Insane asylums Bombay 1873-77 - 1873-1877
Year: 1873
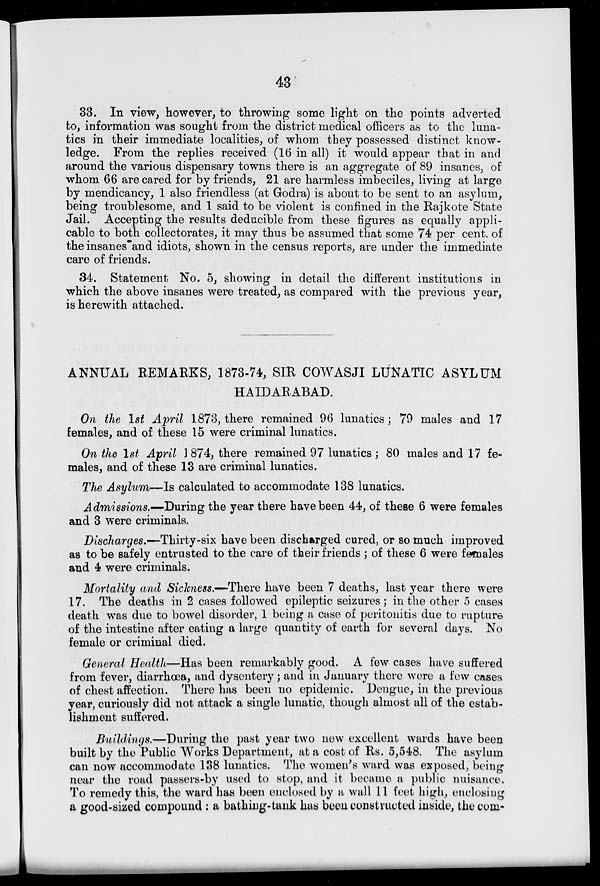
43
33. In view, however, to throwing some light on the points adverted
to, information was sought from the district medical officers as to the luna-
tics in their immediate localities, of whom they possessed distinct know-
ledge. From the replies received (16 in all) it would appear that in and
around the various dispensary towns there is an aggregate of 89 insanes, of
whom 66 are cared for by friends, 21 are harmless imbeciles, living at large
by mendicancy, 1 also friendless (at Godra) is about to be sent to an asylum,
being troublesome, and 1 said to be violent is confined in the Rajkote State
Jail. Accepting the results deducible from these figures as equally appli-
cable to both collectorates, it may thus be assumed that some 74 per cent. of
the insanes and idiots, shown in the census reports, are under the immediate
care of friends.
34. Statement No. 5, showing in detail the different institutions in
which the above insanes were treated, as compared with the previous year,
is herewith attached.
ANNUAL REMARKS, 1873-74, SIR COWASJI LUNATIC ASYLUM
HAIDARABAD.
On the 1st April 1873, there remained 96 lunatics; 79 males and 17
females, and of these 15 were criminal lunatics.
On the 1st April 1874, there remained 97 lunatics; 80 males and 17 fe-
males, and of these 13 are criminal lunatics.
The Asylum—Is calculated to accommodate 138 lunatics.
Admissions.— During the year there have been 44, of these 6 were females
and 3 were criminals.
Discharges.—Thirty-six have been discharged cured, or so much improved
as to be safely entrusted to the care of their friends; of these 6 were females
and 4 were criminals.
Mortality and Sickness.—There have been 7 deaths, last year there were
17. The deaths in 2 cases followed epileptic seizures; in the other 5 cases
death was due to bowel disorder, 1 being a case of peritonitis due to rupture
of the intestine after eating a large quantity of earth for several days. No
female or criminal died.
General Health—Has been remarkably good. A few cases have suffered
from fever, diarrhœa, and dysentery; and in January there were a few cases
of chest affection. There has been no epidemic. Dengue, in the previous
year, curiously did not attack a single lunatic, though almost all of the estab-
lishment suffered.
Buildings.—During the past year two new excellent wards have been
built by the Public Works Department, at a cost of Rs. 5,548. The asylum
can now accommodate 138 lunatics. The women's ward was exposed, being
near the road passers-by used to stop, and it became a public nuisance.
To remedy this, the ward has been enclosed by a wall 11 feet high, enclosing
a good-sized compound : a bathing-tank has been constructed inside, the com-